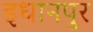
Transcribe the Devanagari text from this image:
इधानपुर